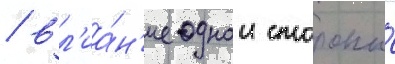
/ вл'иа́н'ие однои стороны́